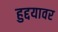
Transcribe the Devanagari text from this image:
हुद्दयावर